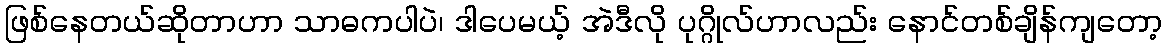
ဖြစ်နေတယ်ဆိုတာဟာ သာဓကပါပဲ၊ ဒါပေမယ့် အဲဒီလို ပုဂ္ဂိုလ်ဟာလည်း နောင်တစ်ချိန်ကျတော့